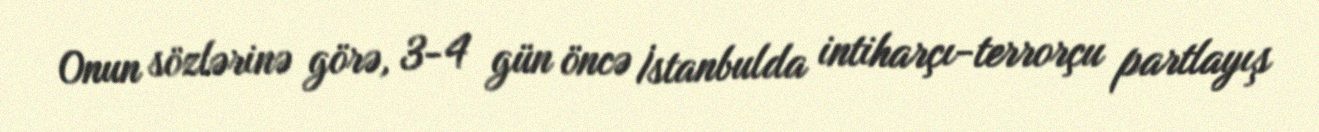
Onun sözlərinə görə, 3-4 gün öncə İstanbulda intiharçı-terrorçu partlayış